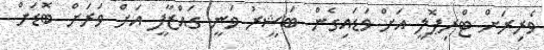
ވެރިރަށް ޓްރިޕޮލީ އަށް ވަޑައިގެން ބަޝީރު ވަނީ ގައްޒާފީ އަށް ވަރަށް ބޮޑަށް